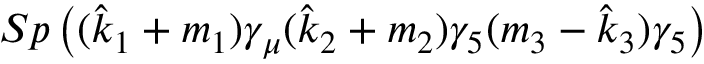
S p \left( { ( \hat { k } _ { 1 } + m _ { 1 } ) \gamma _ { \mu } ( \hat { k } _ { 2 } + m _ { 2 } ) \gamma _ { 5 } ( m _ { 3 } - \hat { k } _ { 3 } ) \gamma _ { 5 } } \right)